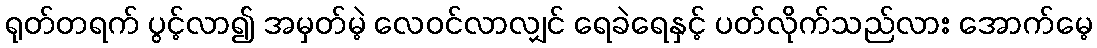
ရုတ်တရက် ပွင့်လာ၍ အမှတ်မဲ့ လေဝင်လာလျှင် ရေခဲရေနှင့် ပတ်လိုက်သည်လား အောက်မေ့